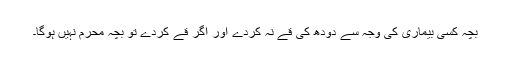
بچہ کسی بیماری کی وجہ سے دودھ کی قے نہ کردے اور اگر قے کردے تو بچہ محرم نہیں ہوگا۔